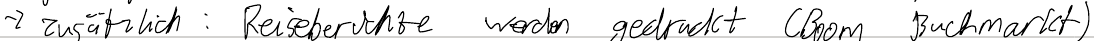
-> zusätzlich: Reiseberichte werden gedruckt (Boom Buchmarkt)